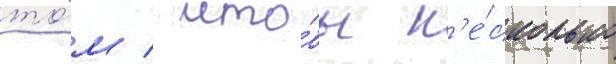
то́м / что́бы н'е́сколько